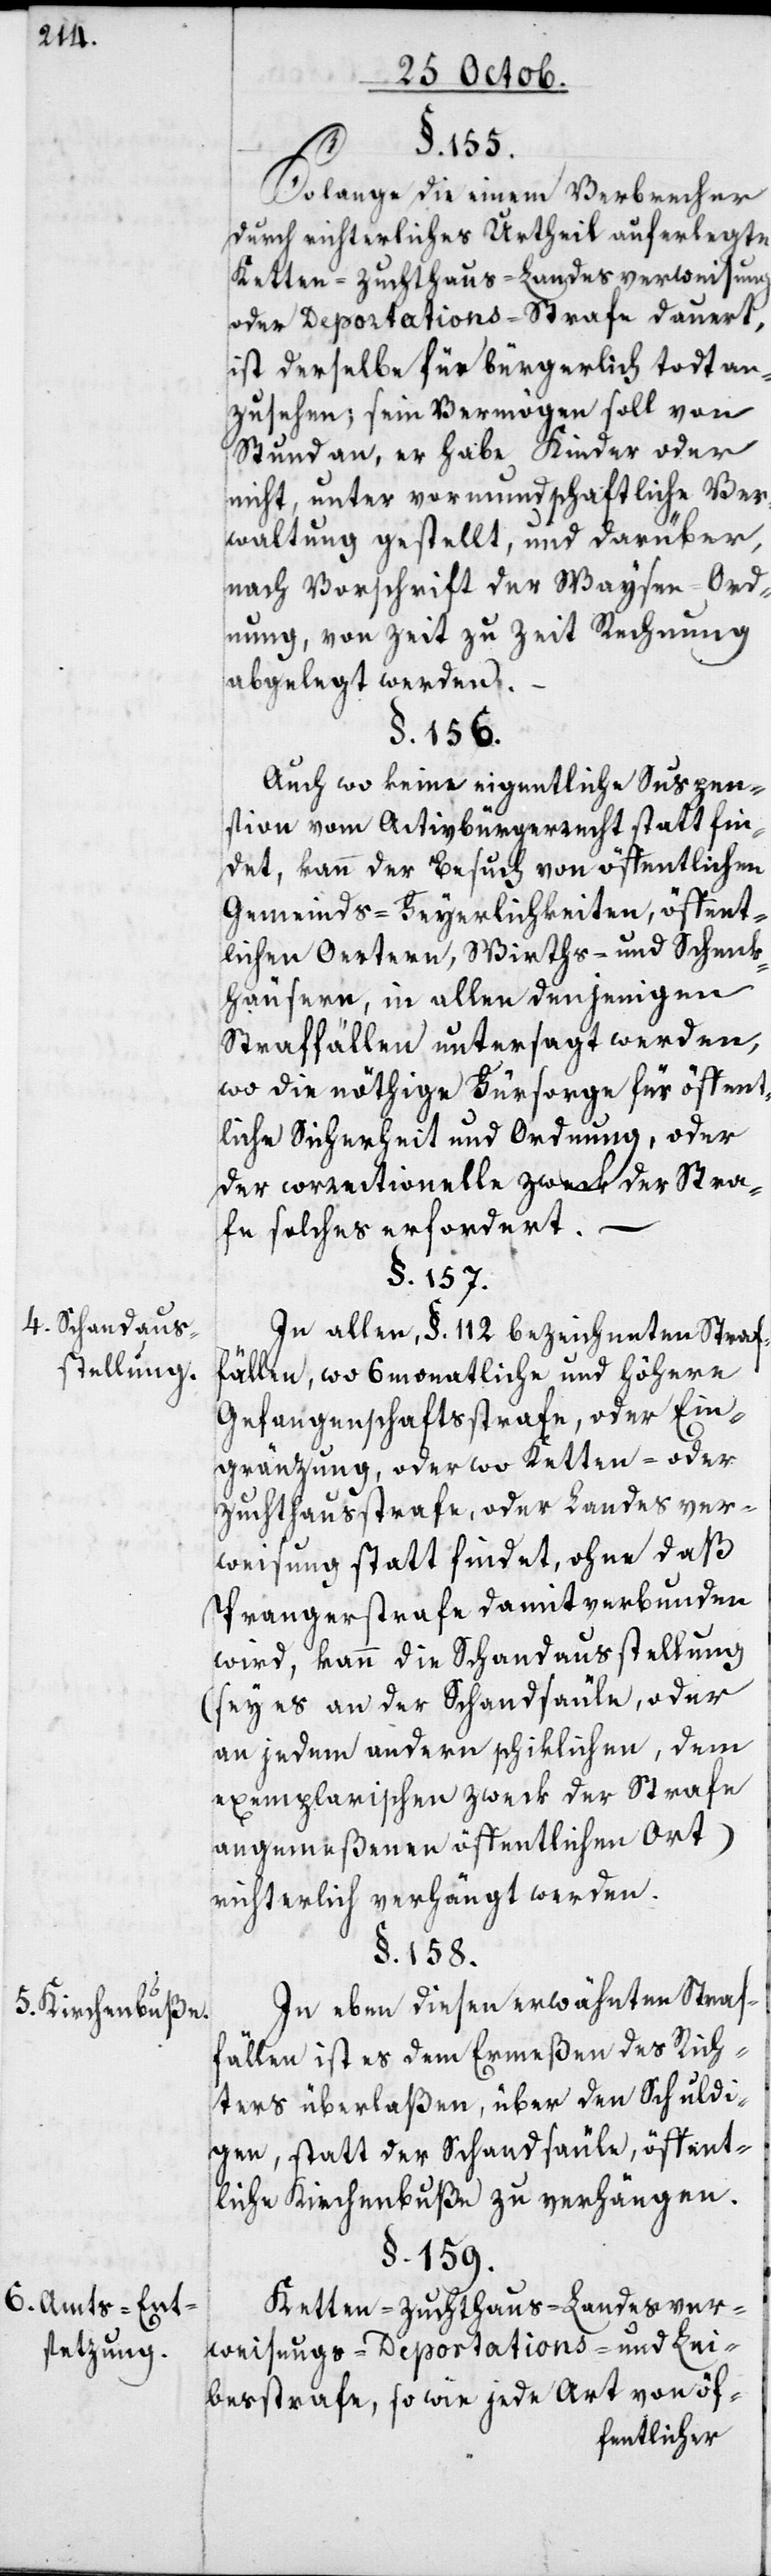
4. Schandaus¬
stellung.
5. Kirchenbuße.
6. Amts-Ent¬
setzung.

§. 155.
So lange die einem Verbrecher
durch richterliches Urtheil auferlegte
Ketten-[,] Zuchthaus-[,] Landesverweisungs-
oder Deportations-Strafe dauert,
ist derselbe für bürgerlich todt an¬
zusehen; sein Vermögen soll von
Stund an, er habe Kinder oder
nicht, unter vormundschaftliche Ver¬
waltung gestellt, und darüber,
nach Vorschrift der Waysen-Ord¬
nung, von Zeit zu Zeit Rechnung
abgelegt werden.
§. 156.
Auch wo keine eigentliche Suspen¬
sion vom Activbürgerrecht statt fin¬
det, kann der Besuch von öffentlichen
Gemeinds-Feyerlichkeiten, öffent¬
lichen Oertern, Wirths- und Schenk¬
häusern, in allen denjenigen
Straffällen untersagt werden,
wo die nöthige Fürsorge für öffent¬
liche Sicherheit und Ordnung, oder
der correctionelle Zweck der Stra¬
fe solches erfordert.
§. 157.
In allen, §. 112. bezeichneten Straf¬
fällen, wo 6 monatliche und höhere
Gefangenschaftsstrafe, oder Ein¬
gränzung, oder wo Ketten- oder
Zuchthausstrafe, oder Landesver¬
weisung statt findet, ohne daß
Prangerstrafe damit verbunden
wird, kann die Schandausstellung
(sey es an der Schandsäule oder
an jedem anderen schiklichen, dem
exemplarischen Zweck der Strafe
angemeßenen öffentlichen Ort)
richterlich verhängt werden.
§. 158.
In eben diesen erwähnten Straf¬
fällen ist es dem Ermeßen des Rich¬
ters überlaßen, über den Schuldi¬
gen, statt der Schandsäule, öffent¬
liche Kirchenbuße zu verhängen.
§. 159.
Ketten-[,] Zuchthaus-[,] Landesver¬
weisungs-[,] Deportations- und Lei¬
besstrafe, sowie jede Art von öf-